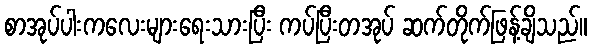
စာအုပ်ပါးကလေးများရေးသားပြီး ကပ်ပြီးတအုပ် ဆက်တိုက်ဖြန့်ချိသည်။